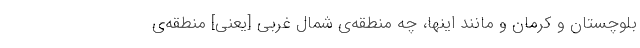
بلوچستان و کرمان و مانند اینها، چه منطقه‌ی شمال غربی [یعنی] منطقه‌ی